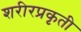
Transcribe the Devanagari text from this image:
शरीरप्रकृती